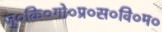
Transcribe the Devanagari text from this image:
जु०कि०गो०प्र०स०वि०म०